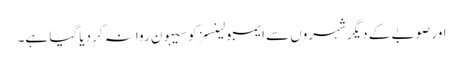
اور صوبے کے دیگر شہروں سے ایمبولینسز کو سیہون روانہ کر دیا گیا ہے۔